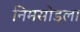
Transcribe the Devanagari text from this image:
निमसोडला